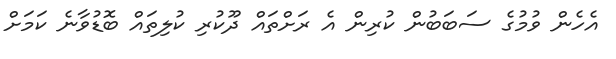
އެހެން ވުމުގެ ސަބަބުން ކުރިން އެ ރަށްތައް ދޫކުރި ކުލިތައް ބޮޑުވާނެ ކަމަށް